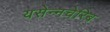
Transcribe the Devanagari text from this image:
यसेन्नचेरिब